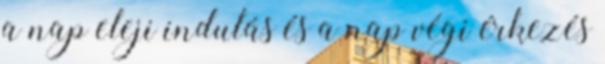
a nap eleji indulás és a nap végi érkezés